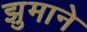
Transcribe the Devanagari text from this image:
झुमाने